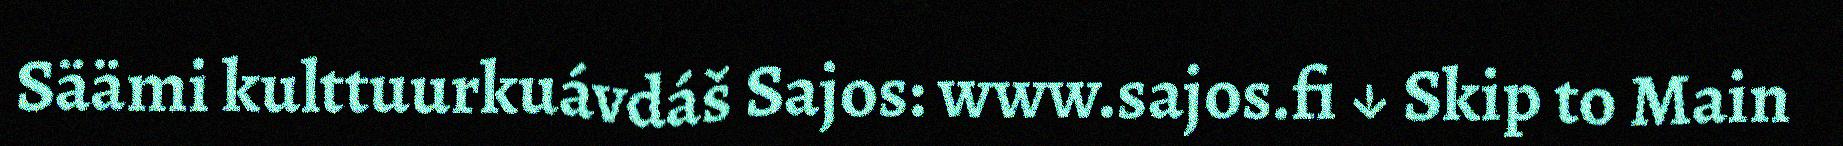
Säämi kulttuurkuávdáš Sajos: www.sajos.fi ↓ Skip to Main